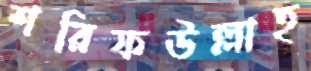
শরিফউল্লাহ